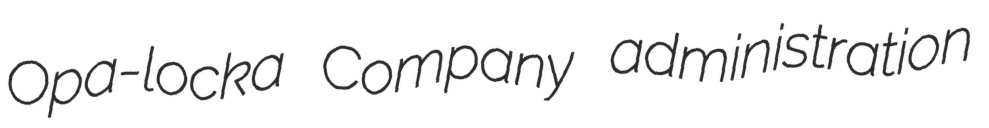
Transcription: Opa-locka Company administration